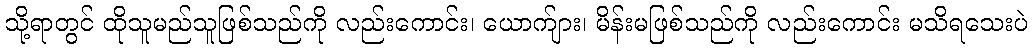
သို့ရာတွင် ထိုသူမည်သူဖြစ်သည်ကို လည်းကောင်း၊ ယောက်ျား၊ မိန်းမဖြစ်သည်ကို လည်းကောင်း မသိရသေးပဲ